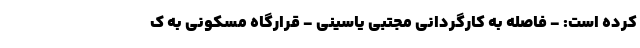
کرده است: - فاصله به کارگردانی مجتبی یاسینی - قرارگاه مسکونی به ک